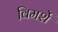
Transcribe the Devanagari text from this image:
विमर्शे